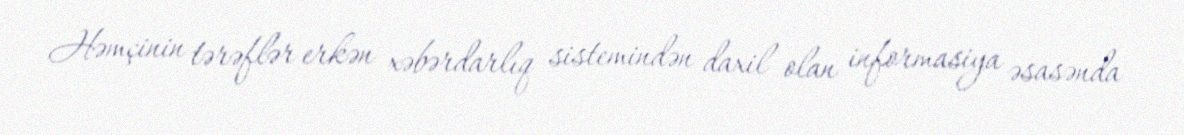
Həmçinin tərəflər erkən xəbərdarlıq sistemindən daxil olan informasiya əsasənda